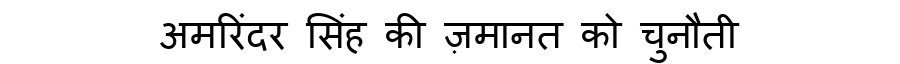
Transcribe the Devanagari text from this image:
अमरिंदर सिंह की ज़मानत को चुनौती